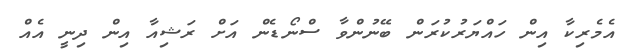
އެމެރިކާ އިން ހައްޔަރުކުރަން ބޭނުންވާ ސްނޯޑެން އަށް ރަޝިއާ އިން ދިނީ އެއް